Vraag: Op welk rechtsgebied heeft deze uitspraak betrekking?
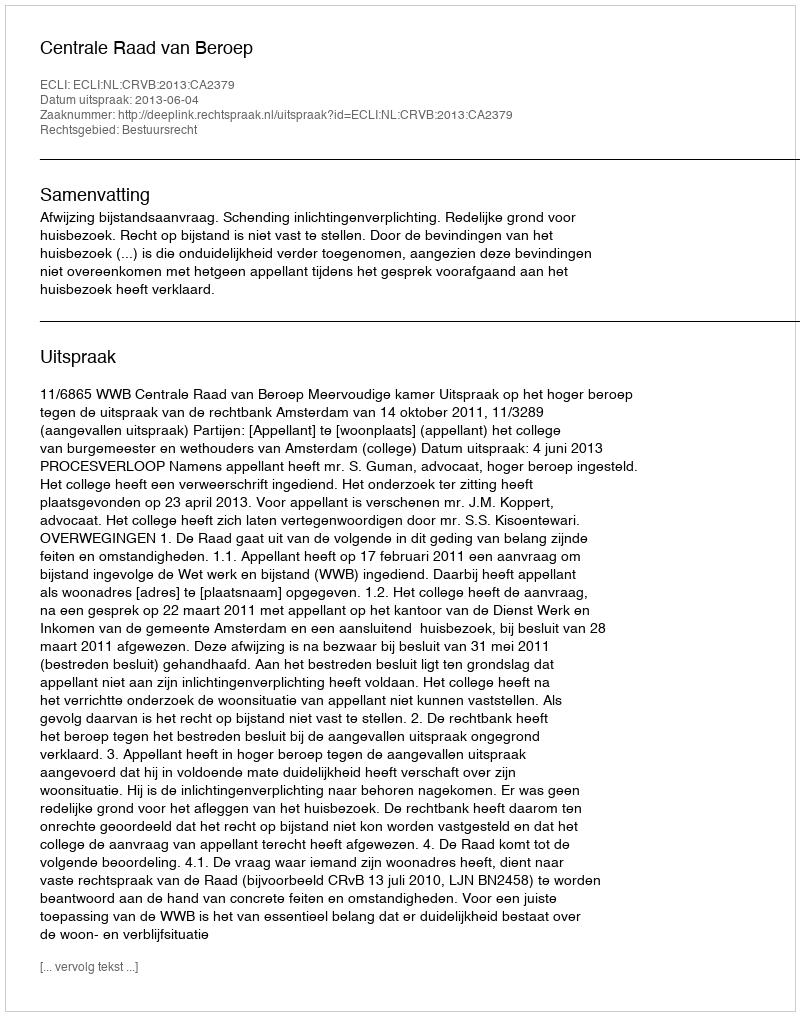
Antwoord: Bestuursrecht